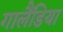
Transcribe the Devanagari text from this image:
गालैंडिया